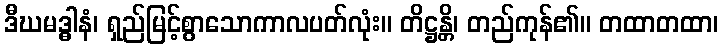
ဒီဃမဒ္ဓါနံ၊ ရှည်မြင့်စွာသောကာလပတ်လုံး။ တိဋ္ဌန္တိ၊ တည်ကုန်၏။ တထာတထာ၊